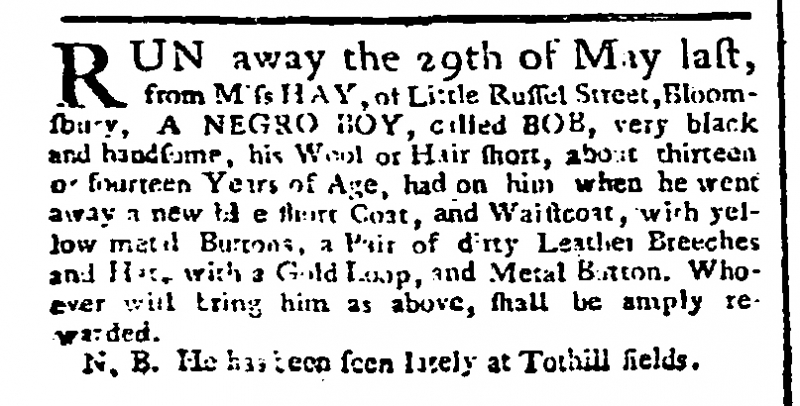
Public Ledger, Or, Daily Register of Commerce and Intelligence, 14 June 1766 (England)
RUN away the 29th of May last, from Miss HAY, of Little Russel Street, Bloomsbury, A NEGRO BOY, called BOB, very black and handsome, his Wool or Hair short, about thirteen or fourteen Years of Age, had on him when he went away a new blue short Coat, and Waistcoat, with yellow metal Buttons, a Pair of dirty Leather Breeches and Hat, with a Gold Loop, and Metal Button. Whoever will bring him as above, shall be amply rewarded.  N.B. He has been seen lately at Tothill fields.